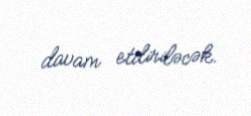
davam etdiriləcək.